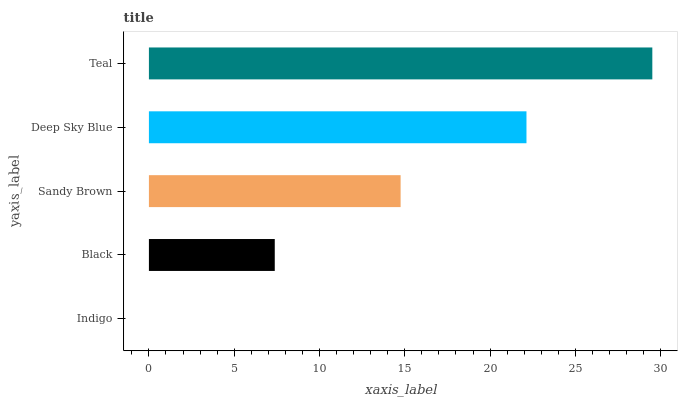
| yaxis_label | bars |
 | --- | --- |
 | Indigo | 0 |
 | Black | 7.38 |
 | Sandy Brown | 14.8 |
 | Deep Sky Blue | 22.1 |
 | Teal | 29.5 |